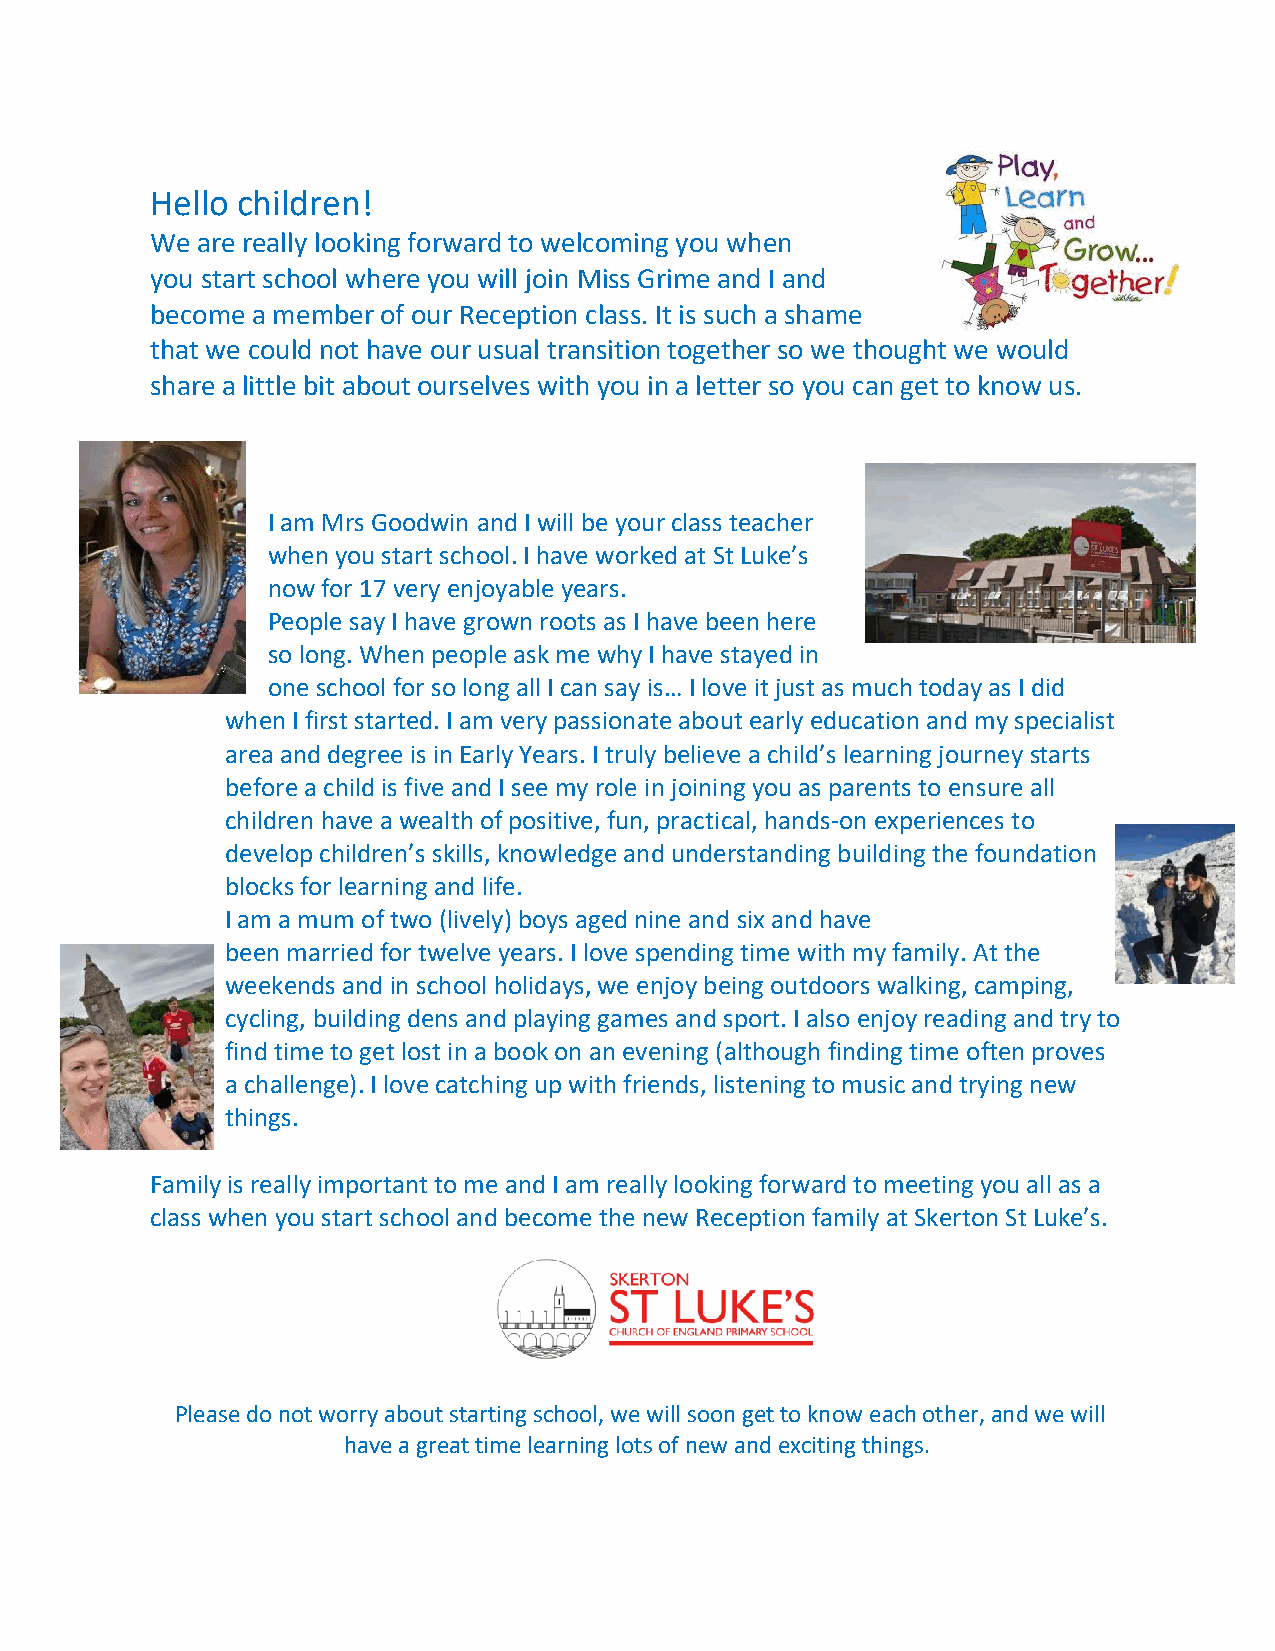
Hello children!
 We are really looking forward to welcoming you when
 you start school where you will join Miss Grime and I and
 become a member of our Reception class. It is such a shame
 that we could not have our usual transition together so we thought we would
 share a little bit about ourselves with you in a letter so you can get to know us.
 I am Mrs Goodwin and I will be your class teacher
 when you start school. I have worked at St Luke’s
 now for 17 very enjoyable years.
 People say I have grown roots as I have been here
 so long. When people ask me why I have stayed in
 one school for so long all I can say is… I love it just as much today as I did
 when I first started. I am very passionate about early education and my specialist
 area and degree is in Early Years. I truly believe a child’s learning journey starts
 before a child is five and I see my role in joining you as parents to ensure all
 children have a wealth of positive, fun, practical, hands-on experiences to
 develop children’s skills, knowledge and understanding building the foundation
 blocks for learning and life.
 I am a mum of two (lively) boys aged nine and six and have
 been married for twelve years. I love spending time with my family. At the
 weekends and in school holidays, we enjoy being outdoors walking, camping,
 cycling, building dens and playing games and sport. I also enjoy reading and try to
 find time to get lost in a book on an evening (although finding time often proves
 a challenge). I love catching up with friends, listening to music and trying new
 things.
 Family is really important to me and I am really looking forward to meeting you all as a
 class when you start school and become the new Reception family at Skerton St Luke’s.
 Please do not worry about starting school, we will soon get to know each other, and we will
 have a great time learning lots of new and exciting things.